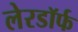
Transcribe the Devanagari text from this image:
लेरडॉर्फ